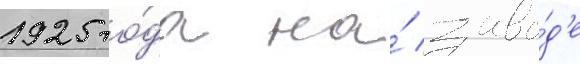
1925 го́да на́ заво́д'е